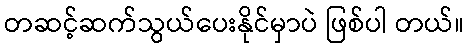
တဆင့်ဆက်သွယ်ပေးနိုင်မှာပဲ ဖြစ်ပါ တယ်။